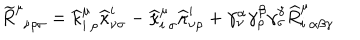
\widetilde { R } _ { \: \: \nu \rho \sigma } ^ { \mu } = \widehat { \kappa } _ { i \: \rho } ^ { \mu } \widehat { \kappa } _ { \nu \sigma } ^ { i } - \widehat { \kappa } _ { i \: \sigma } ^ { \mu } \widehat { \kappa } _ { \nu \rho } ^ { i } + \gamma _ { \nu } ^ { \alpha } \gamma _ { \rho } ^ { \beta } \gamma _ { \sigma } ^ { \gamma } \widehat { R } _ { i \: \alpha \beta \gamma } ^ { \mu }